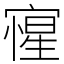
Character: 㝭